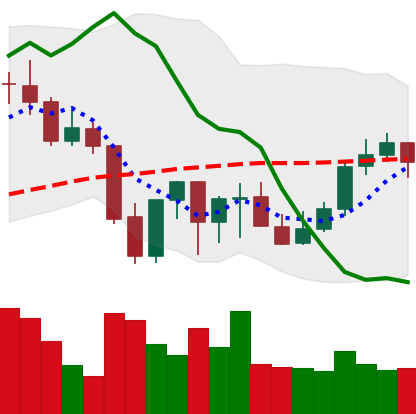
Ticker: LINK-USD
Chart end date: 2021-10-04
Forward return: 3.229%
Label: up_3_5